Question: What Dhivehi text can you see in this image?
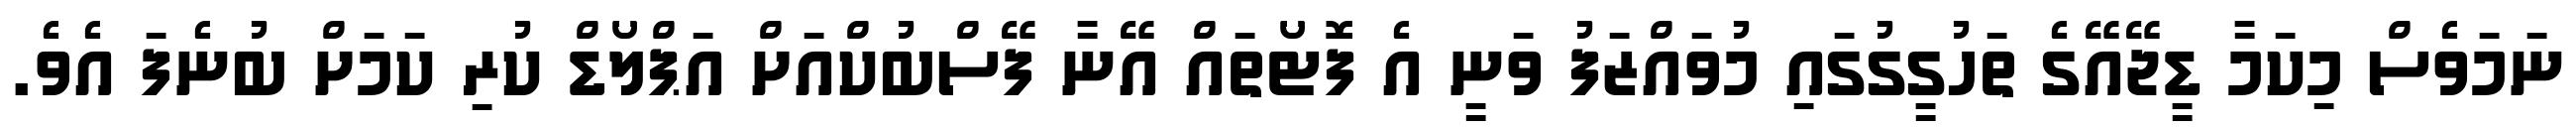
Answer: ނަމަވެސް މިކަމާ ޑީޖޭއޭގެ ތަހުގީގުގައި މުވައްޒަފު ވަނީ އެ ފޮޓޯތައް އޭނާ ފޭސްބުކްއަށް އަޕްލޯޑް ކުރި ކަމަށް ބުނެފަ އެވެ.